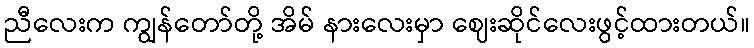
ညီလေးက ကျွန်တော်တို့ အိမ် နားလေးမှာ ဈေးဆိုင်လေးဖွင့်ထားတယ်။